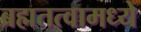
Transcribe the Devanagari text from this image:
ब्रह्मतत्वामध्ये